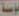
مؤسسة